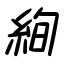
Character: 絢